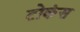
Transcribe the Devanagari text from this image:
टोकंस